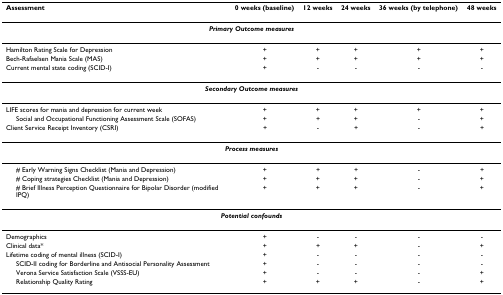
| Assessment | 0 weeks (baseline) | 12 weeks | 24 weeks | 36 weeks (by telephone) | 48 weeks |
 | --- | --- | --- | --- | --- | --- |
 | <COLSPAN=6> Primary Outcome measures |
 | Hamilton Rating Scale for Depression | + | + | + | + | + |
 | Bech-Rafaelsen Mania Scale (MAS) | + | + | + | + | + |
 | Current mental state coding (SCID-I) | + | - | - | - | - |
 | <COLSPAN=6> Secondary Outcome measures |
 | LIFE scores for mania and depression for current week | + | + | + | + | + |
 | Social and Occupational Functioning Assessment Scale (SOFAS) | + | + | + | - | + |
 | Client Service Receipt Inventory (CSRI) | + | - | + | - | + |
 | <COLSPAN=6> Process measures |
 | # Early Warning Signs Checklist (Mania and Depression) | + | + | + | - | + |
 | # Coping strategies Checklist (Mania and Depression) | + | + | + | - | + |
 | # Brief Illness Perception Questionnaire for Bipolar Disorder (modified IPQ) | + | + | + | - | + |
 | <COLSPAN=6> Potential confounds |
 | Demographics | + | - | - | - | - |
 | Clinical data* | + | + | + | - | + |
 | Lifetime coding of mental illness (SCID-I) | + | - | - | - | - |
 | SCID-II coding for Borderline and Antisocial Personality Assessment | + | - | - | - | - |
 | Verona Service Satisfaction Scale (VSSS-EU) | + | - | - | - | + |
 | Relationship Quality Rating | + | + | + | - | + |